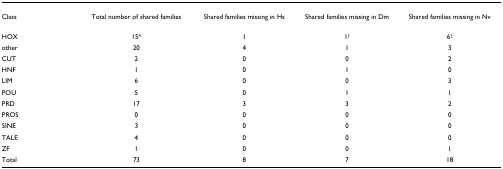
<table><thead><tr><td><b>Class</b></td><td><b>Total number of shared families</b></td><td><b>Shared families missing in Hs</b></td><td><b>Shared families missing in Dm</b></td><td><b>Shared families missing in Nv</b></td></tr></thead><tbody><tr><td>HOX</td><td>15*</td><td>1</td><td>1<sup>†</sup></td><td>6<sup>†</sup></td></tr><tr><td>other</td><td>20</td><td>4</td><td>1</td><td>3</td></tr><tr><td>CUT</td><td>2</td><td>0</td><td>0</td><td>2</td></tr><tr><td>HNF</td><td>1</td><td>0</td><td>1</td><td>0</td></tr><tr><td>LIM</td><td>6</td><td>0</td><td>0</td><td>3</td></tr><tr><td>POU</td><td>5</td><td>0</td><td>1</td><td>1</td></tr><tr><td>PRD</td><td>17</td><td>3</td><td>3</td><td>2</td></tr><tr><td>PROS</td><td>0</td><td>0</td><td>0</td><td>0</td></tr><tr><td>SINE</td><td>3</td><td>0</td><td>0</td><td>0</td></tr><tr><td>TALE</td><td>4</td><td>0</td><td>0</td><td>0</td></tr><tr><td>ZF</td><td>1</td><td>0</td><td>0</td><td>1</td></tr><tr><td>Total</td><td>73</td><td>8</td><td>7</td><td>18</td></tr></tbody></table>